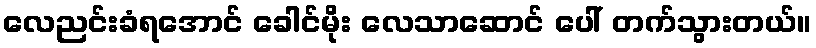
လေညင်းခံရအောင် ခေါင်မိုး လေသာဆောင် ပေါ် တက်သွားတယ်။